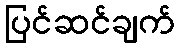
ပြင်ဆင်ချက်